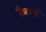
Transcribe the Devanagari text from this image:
नैऋर्त्य